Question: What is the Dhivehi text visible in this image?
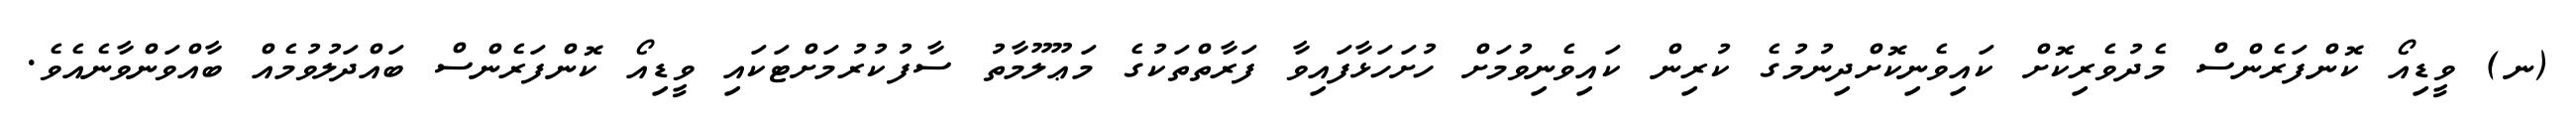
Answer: (ނ) ވީޑިއޯ ކޮންފަރެންސް މެދުވެރިކޮށް ކައިވެނިކޮށްދިނުމުގެ ކުރިން ކައިވެނިވުމަށް ހުށަހަޅާފައިވާ ފަރާތްތަކުގެ މަޢޫލޫމާތު ސާފުކުރުމަށްޓަކައި ވީޑިއޯ ކޮންފަރެންސް ބައްދަލުވުމެއް ބާއްވަންވާނެއެވެ.